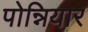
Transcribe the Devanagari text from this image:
पोन्नियार